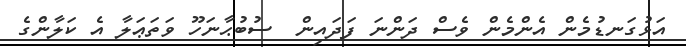
އަޅުގަނޑުމެން އެންމެން ވެސް ދަންނަ ފަދައިން  ސުބުޙާނަހޫ ވަތަޢަލާ އެ ކަލާންގެ